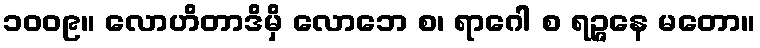
၁၀၀၉။ လောဟိတာဒိမှိ လောဘေ စ၊ ရာဂေါ စ ရဉ္ဇနေ မတော။